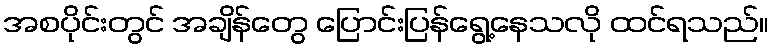
အစပိုင်းတွင် အချိန်တွေ ပြောင်းပြန်ရွေ့နေသလို ထင်ရသည်။